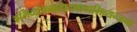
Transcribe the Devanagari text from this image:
अभिव्यंजनावादभावाभिव्यन्जना